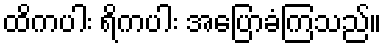
ထိကပါး ရိကပါး အပြောခံကြသည်။